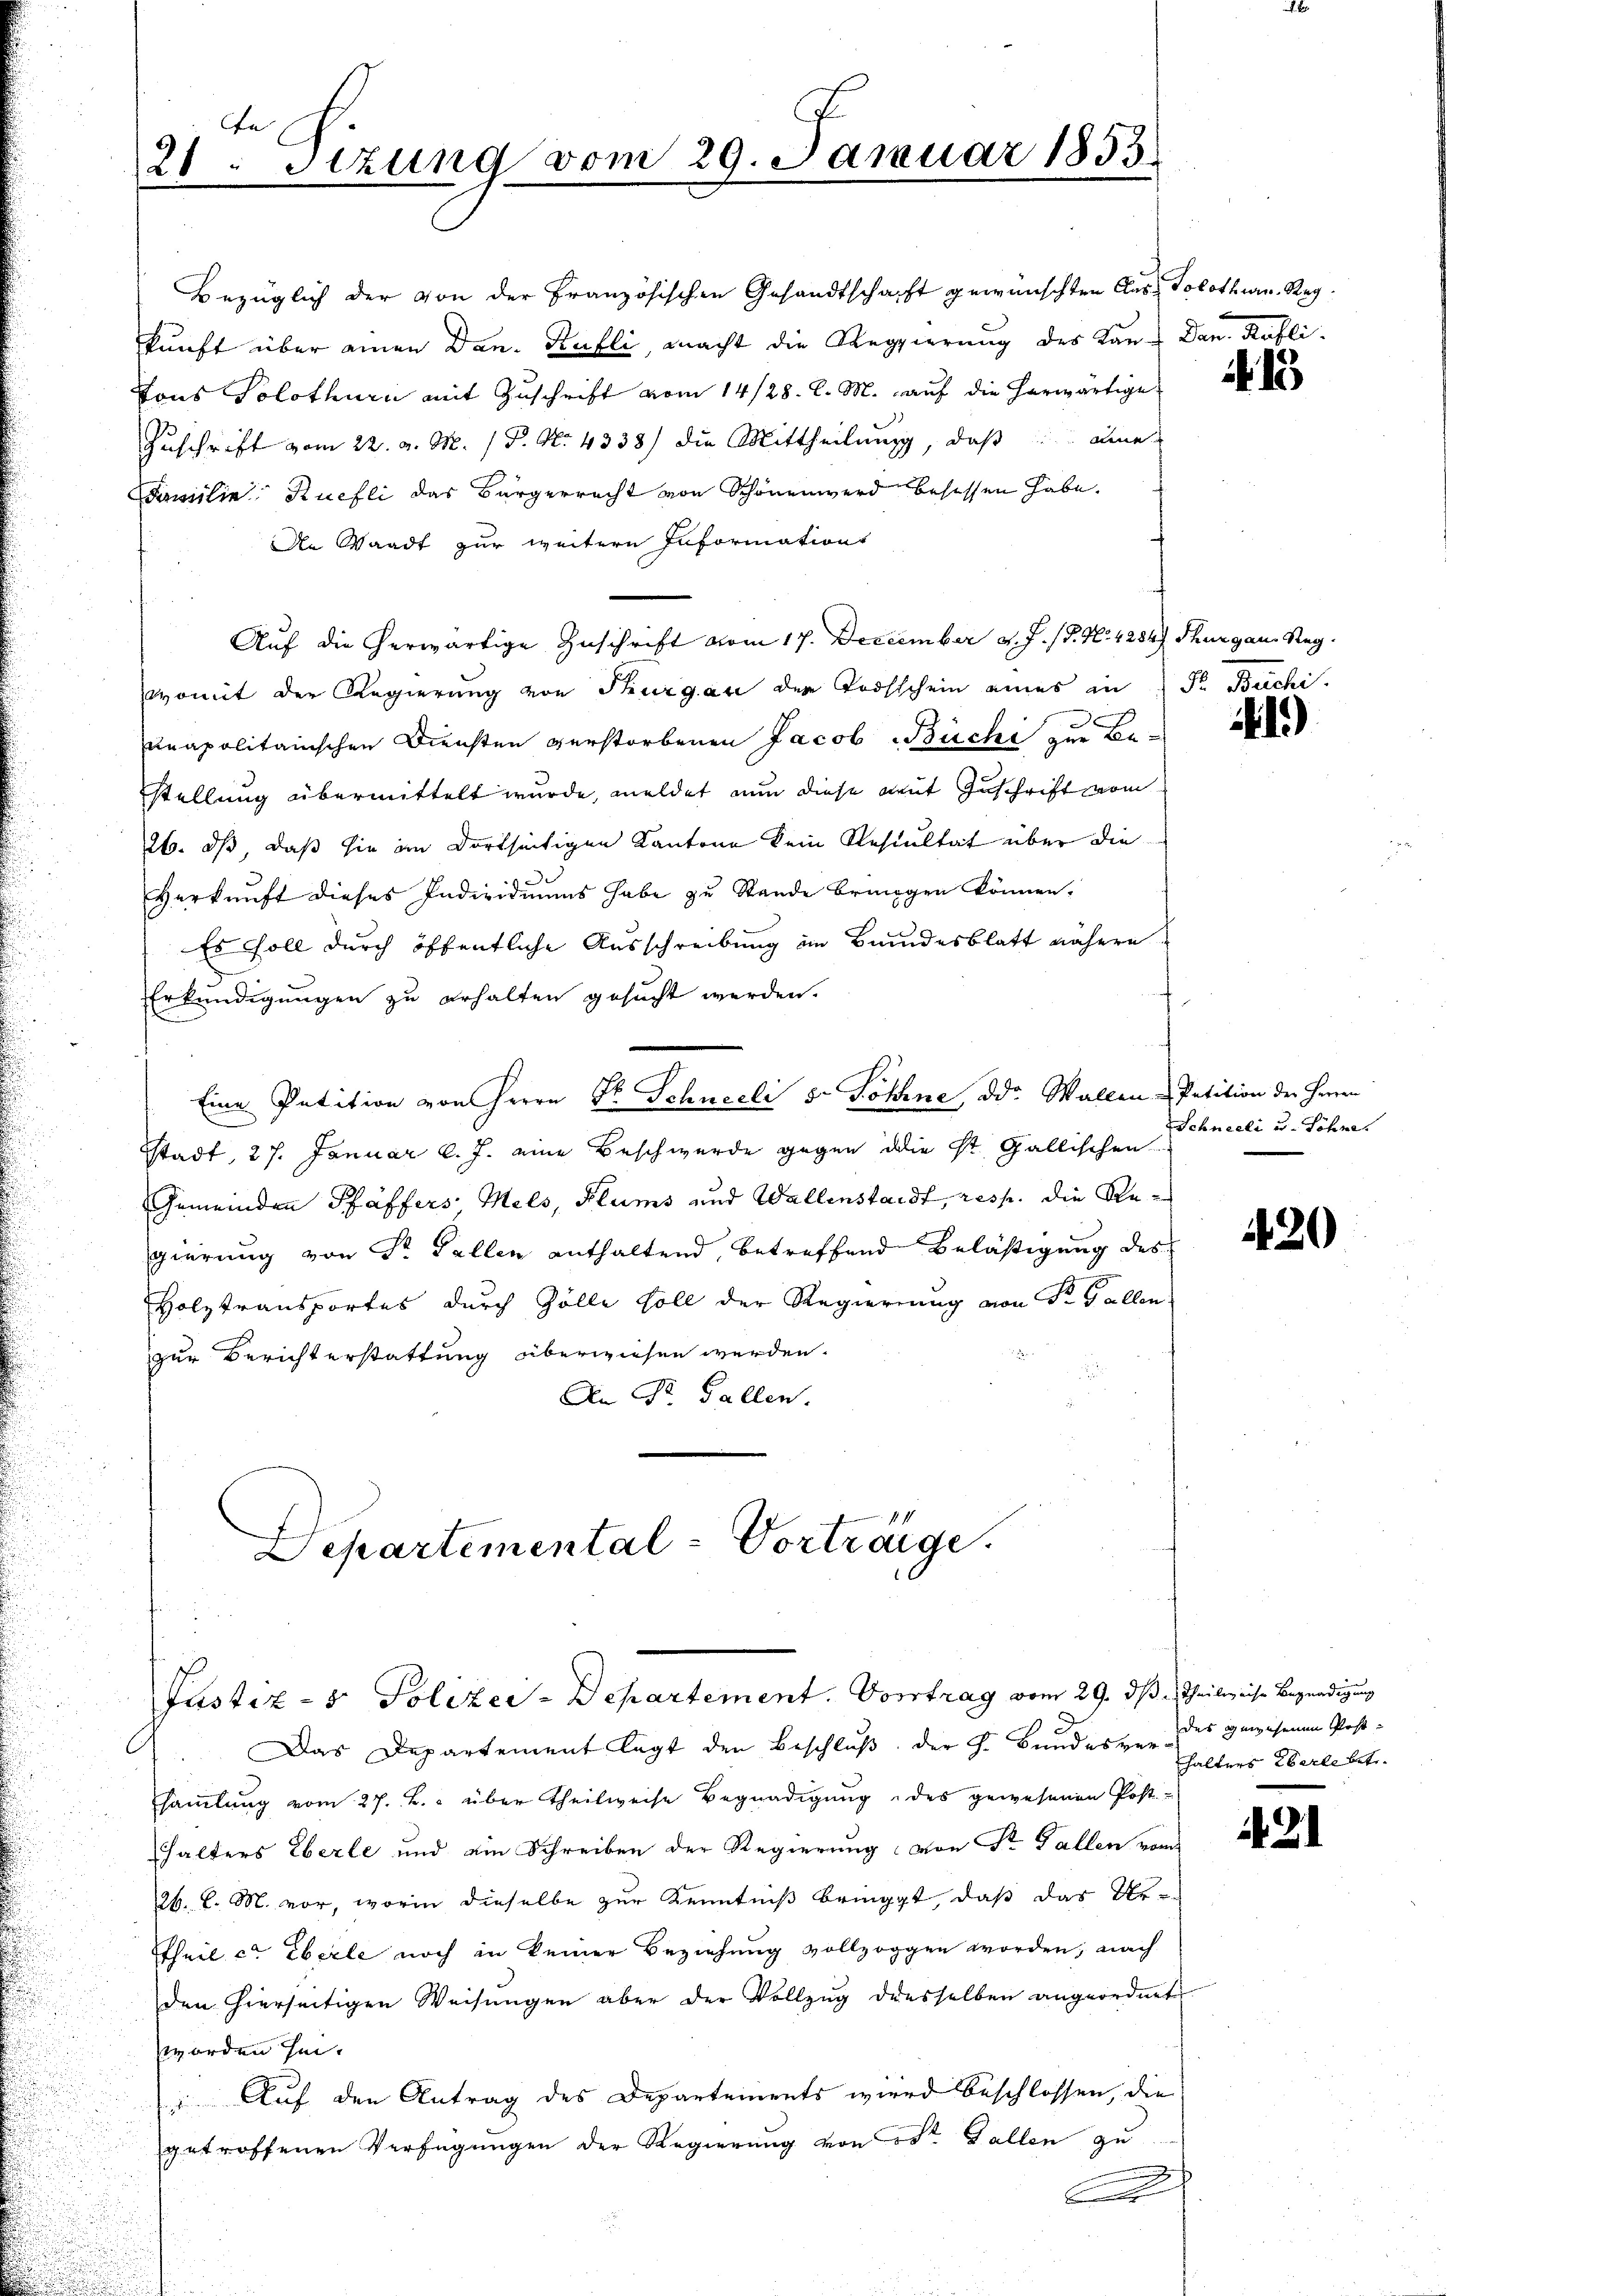
u

e
21. Sitzung vom 29. Januar 1855.

Bezüglich der von der Französischen Gesandtschaft gewünschten Aus Solothurn. Regkunft über einen Dan. Kubli, macht die Regierung des Kan-Dan. Kafli¬
Tons Solothurn mit Zuschrift vom 14/28. d. M. auf die herwärtige
Zuschrift vom 22. v. M. P. Nr. 4338) die Mittheilung, daß die
Familie Kuefli das Bürgerrecht von Schönenwerd besessen habe.
Die Waadt zur weitere Informations
Auf die herwärtige Zuschrift vom 17. December d. J. J. N. 4284, Thurgau, Regwomit der Regierung von Thurgau der Todsschein eines in Fr. Büchi,
unapolitairischen Diensten verstorbenen Jacob Büchi zur Be-
stellung übermittelt wurde, meldet nun diese mit Zuschrift vom
26. ds, daß sie im dortseitigen Kantone kein Resultat über die
de
Verkunft dieses Individuums habe zu Stande bringen können,
Es soll durch öffentliche Ausschreibung im Bundesblatt nähere
Erkundigungen zu erhalten gesucht werden.
.
Eine Petition von Herrn Dr. Schneelis Söhne, od. Wallen - Petition der Herren
Stadt, 27. Januar l. J. eine Beschwerde gegen die St. Gallischen
Gemeinden Pfäffers Mels, Klums und Wallenstandt, resp. die Regierung von Dr. Fallen enthaltend, betreffend Belästigung des
Holztransportes durch Zölle soll der Regierung von Sr. Gallen
zur Berichterstattung überwiesen werden.
An St. Gallen.
Departemental-Vorträge.

Justiz- & Polizey-Departement. Vortrag vom 29. ds

Das Departement legt den Beschluß der h. Bundessen des gewesenen Post-
sammlung vom 27. B. über Theilweise Begnadigung des gewesenen Post-
halters Eberle und ein Schreiben der Regierung von Sr. Fallen vom
26. d. M. vor, worin dieselbe zur Kenntniß bringt, daß das Ur-
Theil c. Eberle noch in keiner Beziehung vollzoggen worden, nach
den hierseitigen Weisŭngen aber der Vollzŭg diesselben angeordnet
worden hin.
 Auf den Antrag des Departements wird beschlossen, die
getroffenen Verfügungen der Regierung von St. Gallen zu
B

15

41)

Schneeli u. Söhne

420

3 Theilweise Begnadigung
halters überlebet.

421